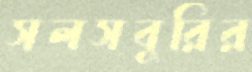
সলসবুরির